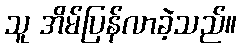
သူ အိမ်ပြန်လာခဲ့သည်။